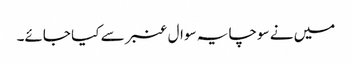
میں نے سوچا یہ سوال عنبر سے کیا جائے۔